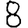
Digit: 8